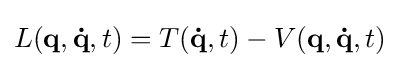
L(\mathbf {q} ,\mathbf {\dot {q}} ,t)=T(\mathbf {\dot {q}} ,t)-V(\mathbf {q} ,\mathbf {\dot {q}} ,t)